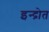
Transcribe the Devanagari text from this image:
इन्द्रोत